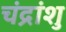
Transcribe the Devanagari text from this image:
चंद्रांशु